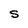
Character: S